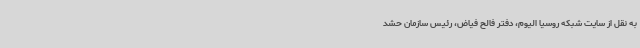
به نقل از سایت شبکه روسیا الیوم، دفتر فالح‌ فیاض، رئیس سازمان حشد